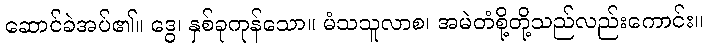
ဆောင်ခဲအပ်၏။ ဒွေ၊ နှစ်ခုကုန်သော။ မံသသူလာစ၊ အမဲတံစို့တို့သည်လည်းကောင်း။